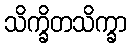
သိက္ခိတသိက္ခာ